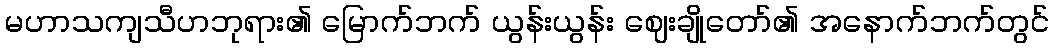
မဟာသကျသီဟဘုရား၏ မြောက်ဘက် ယွန်းယွန်း ဈေးချိုတော်၏ အနောက်ဘက်တွင်